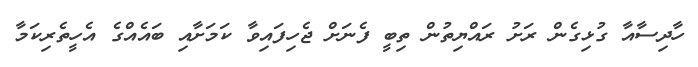
ހާދިސާއާ ގުޅިގެން ރަށު ރައްޔިތުން ތިބީ ފެނަށް ޖެހިފައިވާ ކަމަށާއި ބައެއްގެ އެހީތެރިކަމާ